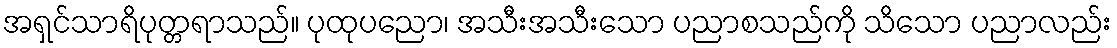
အရှင်သာရိပုတ္တရာသည်။ ပုထုပညော၊ အသီးအသီးသော ပညာစသည်ကို သိသော ပညာလည်း